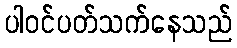
ပါဝင်ပတ်သက်နေသည်